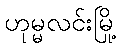
ဟုမ္မလင်းမြို့